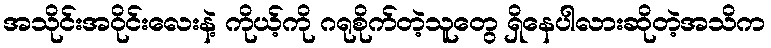
အသိုင်းအဝိုင်းလေးနဲ့ ကိုယ့်ကို ဂရုစိုက်တဲ့သူတွေ ရှိနေပါလားဆိုတဲ့အသိက